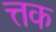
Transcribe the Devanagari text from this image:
त्तक